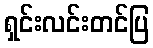
ရှင်းလင်းတင်ပြ